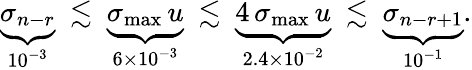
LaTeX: \begin{array}{r}{\underbrace{\sigma_{n-r}}_{10^{-3}}\ \lesssim\ \underbrace{\sigma_{\operatorname*{max}}\, u}_{6\times 10^{-3}}\ \lesssim\ \underbrace{4\, \sigma_{\operatorname*{max}}\, u}_{2.4\times 10^{-2}}\ \lesssim\ \underbrace{\sigma_{n-r+1}}_{10^{-1}}.}\end{array}